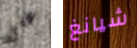
على شيانغ